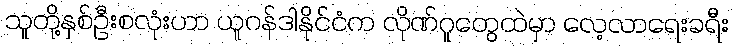
သူတို့နှစ်ဦးစလုံးဟာ ယူဂန်ဒါနိုင်ငံက လိုဏ်ဂူတွေထဲမှာ လေ့လာရေးခရီး